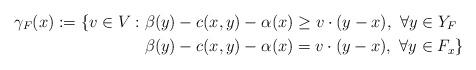
LaTeX: \begin{align*}\gamma_F (x) := \{v \in V : \beta(y) - c(x,y) -\alpha (x) &\geq v \cdot (y-x), \,\, \forall y \in Y_F\\ \beta(y) - c(x,y) -\alpha (x) &= v \cdot (y-x), \,\, \forall y \in F_x \}\end{align*}